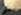
الى